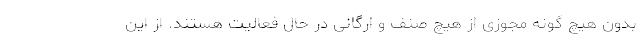
بدون هیچ گونه مجوزی از هیچ صنف و ارگانی در حال فعالیت هستند. از این